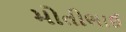
મોતીભાઈ